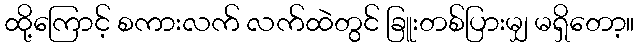
ထို့ကြောင့် စကားလက် လက်ထဲတွင် ခြူးတစ်ပြားမျှ မရှိတော့။